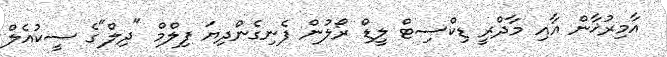
އާމިރުޚާން އާއި މާދްރީ ޑިކްސިޓް ލީޑް ރޯލުން ފެނިގެންދިޔަ ފިލްމް "ދިލް"ގެ ސީކުއެލް